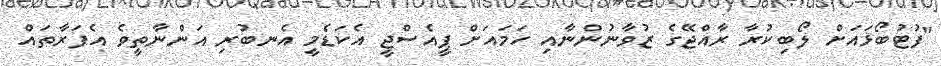
"ފުޓުބޯޅައަށް ލޯބިކުރާ ރާއްޖޭގެ ޒުވާނުންނާއި ހަމައަށް ޕީއެސްޖީ އެކަޑެމީ އެނބުރި އަންނާތީވެ އެފަރާތައް